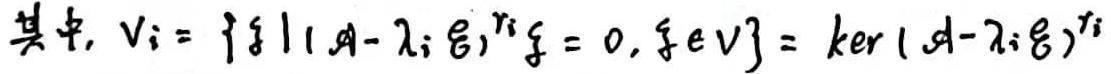
其中, $V_i = \{ \xi \mid ( \mathcal{A} - \lambda_i \mathcal{E} )^{r_i} \xi = 0, \xi \in V \} = \ker ( \mathcal{A} - \lambda_i \mathcal{E} )^{r_i}$